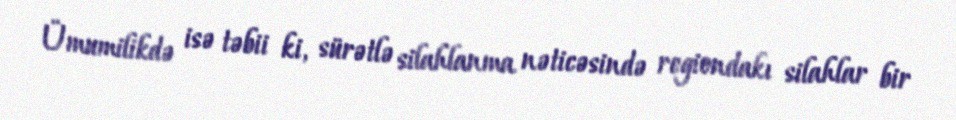
Ümumilikdə isə təbii ki, sürətlə silahlanma nəticəsində regiondakı silahlar bir